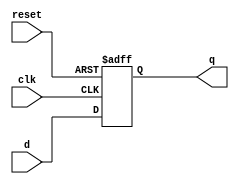
module d_flip_flop (
    input wire clk,        // Clock signal
    input wire reset,      // Reset signal
    input wire d,          // Data input
    output reg q           // Data output
);

    always @(posedge clk or posedge reset) begin
        if (reset) begin
            q <= 0;        // Reset the flip-flop to 0
        end else begin
            q <= d;        // Capture input data on clock edge
        end
    end

endmodule